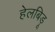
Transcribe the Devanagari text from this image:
हेलबिड़ू